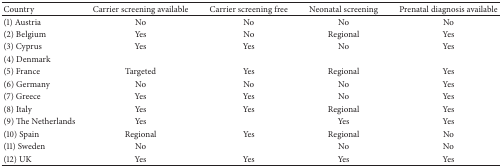
<table><thead><tr><td><b>Country</b></td><td><b>Carrier screening available</b></td><td><b>Carrier screening free</b></td><td><b>Neonatal screening </b></td><td><b>Prenatal diagnosis available</b></td></tr></thead><tbody><tr><td>(1) Austria</td><td>No</td><td>No</td><td>No</td><td>No</td></tr><tr><td>(2) Belgium</td><td>Yes</td><td>No</td><td>Regional</td><td>Yes</td></tr><tr><td>(3) Cyprus</td><td>Yes</td><td>Yes</td><td>No</td><td>Yes</td></tr><tr><td>(4) Denmark</td><td> </td><td> </td><td> </td><td> </td></tr><tr><td>(5) France</td><td>Targeted</td><td>Yes</td><td>Regional</td><td>Yes</td></tr><tr><td>(6) Germany</td><td>No</td><td>No</td><td>No</td><td>Yes</td></tr><tr><td>(7) Greece</td><td>Yes</td><td>Yes</td><td>No</td><td>Yes</td></tr><tr><td>(8) Italy</td><td>Yes</td><td>Yes</td><td>Regional</td><td>Yes</td></tr><tr><td>(9) The Netherlands</td><td>Yes</td><td> </td><td>Yes</td><td>Yes</td></tr><tr><td>(10) Spain</td><td>Regional</td><td>Yes</td><td>Regional</td><td>No</td></tr><tr><td>(11) Sweden</td><td>No</td><td> </td><td>No</td><td>No</td></tr><tr><td>(12) UK</td><td>Yes</td><td>Yes</td><td>Yes</td><td>Yes</td></tr></tbody></table>